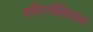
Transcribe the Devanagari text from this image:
वकिलीशिवाय